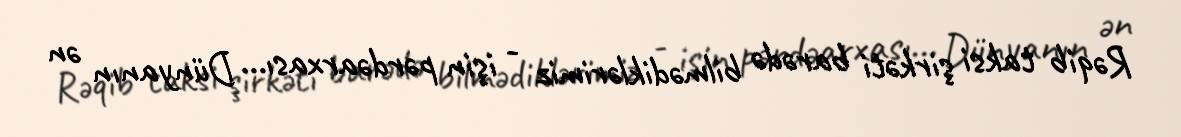
Rəqib taksi şirkəti barədə bilmədiklərimiz - işin pərdəarxası... Dünyanın ən